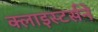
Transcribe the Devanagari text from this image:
क्लाइस्टर्सने